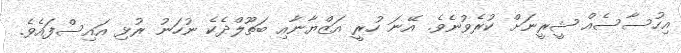
އިހުސާސެއް ޝީރީނަށް ކުރެވުނެވެ. އޭނަ ހުރީ އަޒްޔާނާއި ބަތޫލްދެކެ ނުހަނު ރުޅި އައިސްފައެވެ.